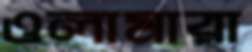
ওলামারা